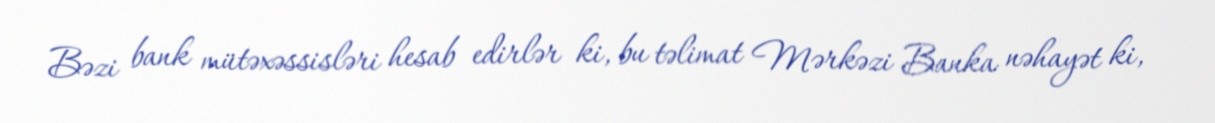
Bəzi bank mütəxəssisləri hesab edirlər ki, bu təlimat Mərkəzi Banka nəhayət ki,